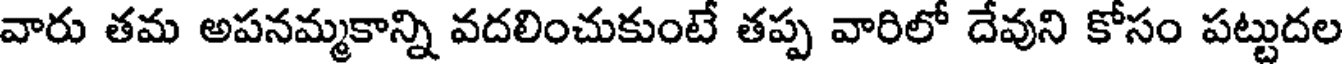
వారు తమ అపనమ్మకాన్ని వదలించుకుంటే తప్ప వారిలో దేవుని కోసం పట్టుదల